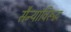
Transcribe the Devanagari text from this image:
सैन्यांविरूद्ध